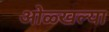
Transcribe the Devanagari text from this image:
ओळ्खल्या